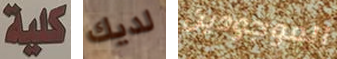
كلية لديك الموجودين